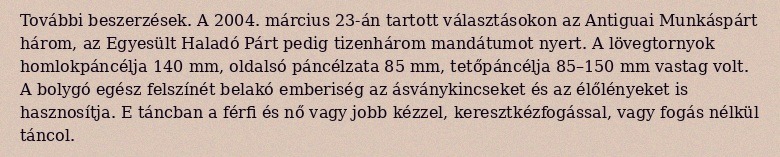
További beszerzések. A 2004. március 23-án tartott választásokon az Antiguai Munkáspárt három, az Egyesült Haladó Párt pedig tizenhárom mandátumot nyert. A lövegtornyok homlokpáncélja 140 mm, oldalsó páncélzata 85 mm, tetőpáncélja 85–150 mm vastag volt. A bolygó egész felszínét belakó emberiség az ásványkincseket és az élőlényeket is hasznosítja. E táncban a férfi és nő vagy jobb kézzel, keresztkézfogással, vagy fogás nélkül táncol.